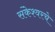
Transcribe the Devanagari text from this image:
संकेश्वरचे